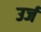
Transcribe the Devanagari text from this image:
उर्ज